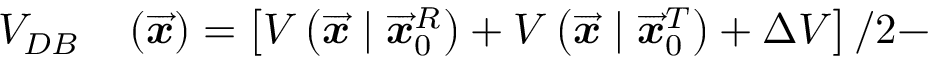
\begin{array} { r l } { V _ { D B } } & { { } \left( \overrightarrow { \mathbfit { x } } \right) = \left[ V \left( \overrightarrow { \mathbfit { x } } \mid \overrightarrow { \mathbfit { x } } _ { 0 } ^ { R } \right) + V \left( \overrightarrow { \mathbfit { x } } \mid \overrightarrow { \mathbfit { x } } _ { 0 } ^ { T } \right) + \Delta V \right] / 2 - } \end{array}